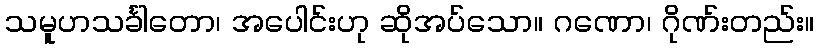
သမူဟသင်္ခါတော၊ အပေါင်းဟု ဆိုအပ်သော။ ဂဏော၊ ဂိုဏ်းတည်း။